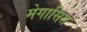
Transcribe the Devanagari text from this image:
मेगासिस